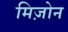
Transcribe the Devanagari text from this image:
मिज़ोन